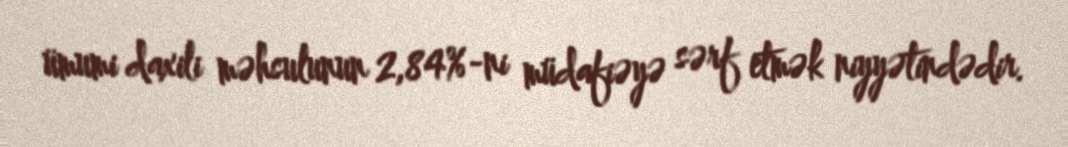
ümumi daxili məhsulunun 2,84%-ni müdafiəyə sərf etmək niyyətindədir.